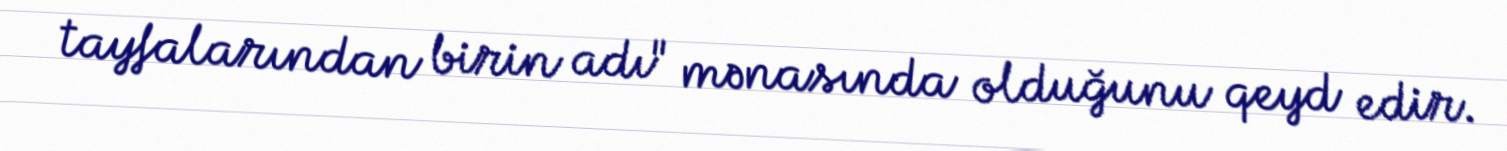
tayfalarından birin adı" mənasında olduğunu qeyd edir.